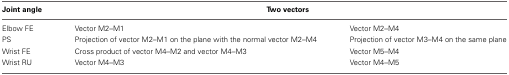
<table><thead><tr><td><b>Joint angle</b></td><td colspan="2"><b>Two vectors</b></td></tr></thead><tbody><tr><td>Elbow FE</td><td>Vector M2–M1</td><td>Vector M2–M4</td></tr><tr><td>PS</td><td>Projection of vector M2–M1 on the plane with the normal vector M2–M4</td><td>Projection of vector M3–M4 on the same plane</td></tr><tr><td>Wrist FE</td><td>Cross product of vector M4–M2 and vector M4–M3</td><td>Vector M5–M4</td></tr><tr><td>Wrist RU</td><td>Vector M4–M3</td><td>Vector M4–M5</td></tr></tbody></table>